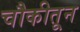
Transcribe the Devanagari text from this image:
चौकीतून